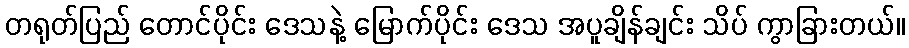
တရုတ်ပြည် တောင်ပိုင်း ဒေသနဲ့ မြောက်ပိုင်း ဒေသ အပူချိန်ချင်း သိပ် ကွာခြားတယ်။